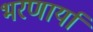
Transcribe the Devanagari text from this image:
भरणार्या